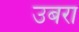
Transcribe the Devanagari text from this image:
उबरा